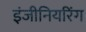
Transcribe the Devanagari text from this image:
इंजीनियरिंग